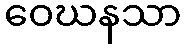
ဝေဃနသာ